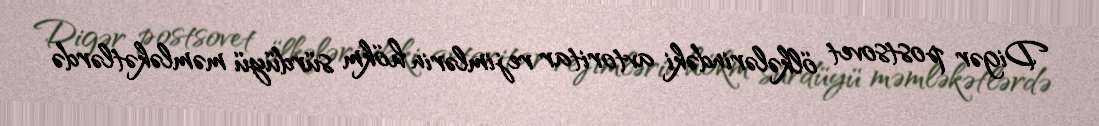
Digər postsovet ölkələrindəki avtoritar rejimlərin hökm sürdüyü məmləkətlərdə